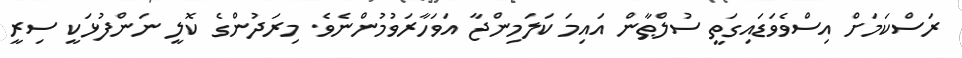
ރަސްކަމަށް އިސްވެވަޑައިގަތީ ސުލްޠާން އައިމަ ކަލަމިންޖާ އަވަހާރަވުމުންނެވެ. މިރަދުންގެ ކޮލީ ނަންފުޅަކީ ސިރީ